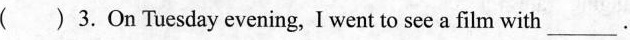
( ) 3. On Tuesday evening, I went to see a film with ___.